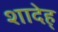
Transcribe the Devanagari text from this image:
शादेह्